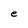
Character: e